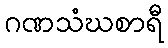
ဂဏသံဃစာရီ